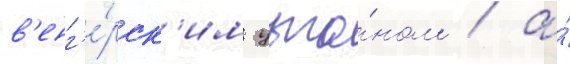
в'енг'е́рск'им цыга́ном / а́